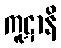
ကူဋာနိ